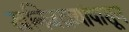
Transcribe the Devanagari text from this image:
खनिजद्रव्यांपासून